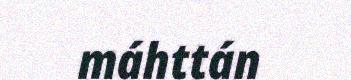
máhttán